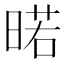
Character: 𭦲